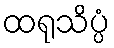
ထရုသိပ္ပံ